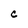
Character: C